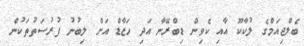
ބެލްޖިއަމްގެ ލުކާކޫ އާއި ކެވިން ޑިބްރޭނާ އަދި ހަޒާޑް އަށް ލިބުނު ފުރުސަތުތަކުން